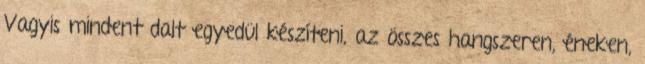
Vagyis mindent dalt egyedül készíteni, az összes hangszeren, éneken,